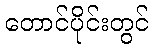
တောင်ပိုင်းတွင်